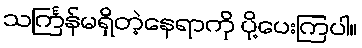
သင်္ကြန်မရှိတဲ့နေရာကို ပို့ပေးကြပါ။